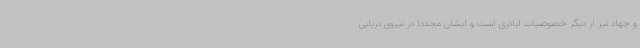
و جهاد نیز از دیگر خصوصیات اباذری است و ایشان مجدداً در نیروی دریایی